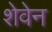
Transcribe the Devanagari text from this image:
शेवेन